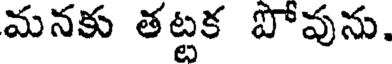
మనకు తట్టక పోవును.